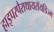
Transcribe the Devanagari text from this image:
हाइपरपैराथायरॉयडिज्म